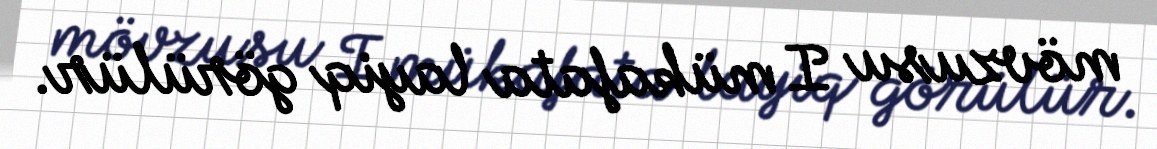
mövzusu I mükafata layiq görülür.